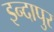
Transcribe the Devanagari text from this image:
इन्दापुर